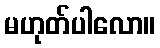
မဟုတ်ပါလော။